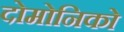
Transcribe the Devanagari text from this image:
दोमोनिको